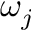
\omega _ { j }